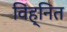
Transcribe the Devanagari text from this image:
विह्नित